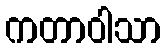
ကတာဝါသာ